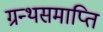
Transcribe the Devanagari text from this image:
ग्रन्थसमाप्ति